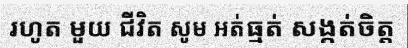
រហូត មួយ ជីវិត សូម អត់ធ្មត់ សង្កត់ចិត្ត